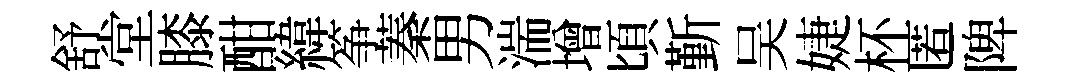
舒堂膝酣緯筝蓁男湍增頃斳吴婕杯匿陴